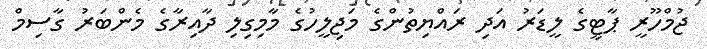
ޖުމްހޫރީ ޕާޓީގެ ލީޑަރު އަދި ރައްޔިތުންގެ މަޖިލީހުގެ މާމިގިލި ދާއިރާގެ މެންބަރު ގާސިމް